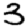
Digit: 3